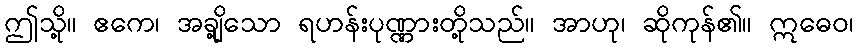
ဤသို့။ ဧကေ၊ အချို့သော ရဟန်းပုဏ္ဏားတို့သည်။ အာဟု၊ ဆိုကုန်၏။ ဣဓေဝ၊